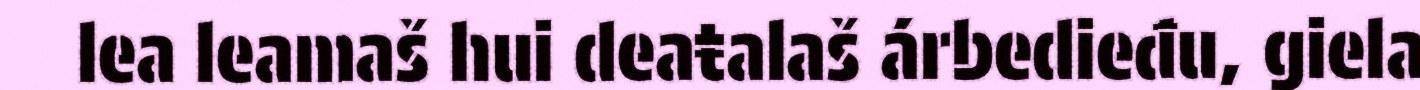
lea leamaš hui deaŧalaš árbedieđu, giela